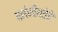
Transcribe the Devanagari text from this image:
बलंजीयतेरे